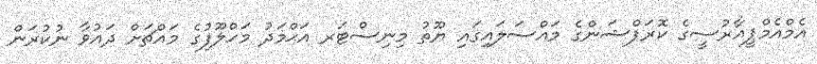
އެމްއެމްޕީއާރުސީގެ ކޮރަޕްޝަންގެ މައްސަލައިގައި ޔޫތު މިނިސްޓަރ އަޙްމަދު މަހްލޫފުގެ މައްޗަށް ދައުވާ ނުކުރަން